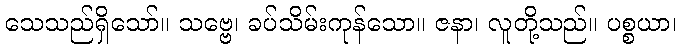
သေသည်ရှိသော်။ သဗ္ဗေ၊ ခပ်သိမ်းကုန်သော။ ဇနာ၊ လူတို့သည်။ ပစ္စယာ၊